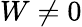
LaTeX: W\neq 0